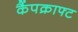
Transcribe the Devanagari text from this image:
कैंपक्राफ्ट